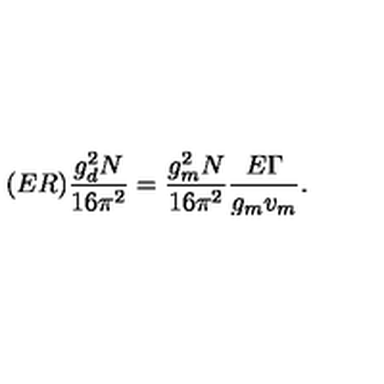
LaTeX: ( E R ) \frac { g _ { d } ^ { 2 } N } { 1 6 \pi ^ { 2 } } = \frac { g _ { m } ^ { 2 } N } { 1 6 \pi ^ { 2 } } \frac { E \Gamma } { g _ { m } v _ { m } } .